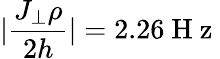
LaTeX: |\frac{J_{\perp}\rho}{2h}|=2.26\mathrm{~H~z~}